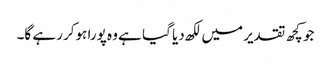
جو کچھ تقدیر میں لکھ دیا گیا ہے وہ پورا ہوکر رہے گا۔